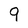
Character: 9